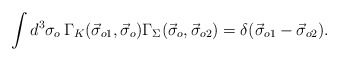
\begin{align*}\int d^3\sigma_o\, \Gamma_K(\vec{\sigma}_{o1},\vec{\sigma}_o)\Gamma_\Sigma(\vec{\sigma}_o,\vec{\sigma}_{o2})=\delta(\vec{\sigma}_{o1}-\vec{\sigma}_{o2}). \end{align*}